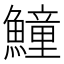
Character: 𩻡